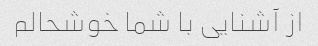
از آشنایی با شما خوشحالم